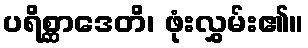
ပရိစ္ဆာဒေတိ၊ ဖုံးလွှမ်း၏။